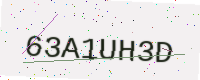
Text: 63A1UH3D